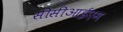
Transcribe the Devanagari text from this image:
सीसीआईएम